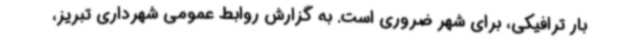
بار ترافیکی، برای شهر ضروری است. به گزارش روابط عمومی شهرداری تبریز،